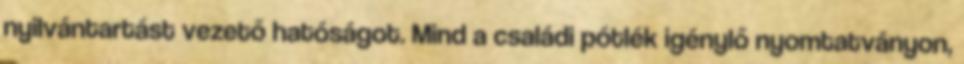
nyilvántartást vezető hatóságot. Mind a családi pótlék igénylő nyomtatványon,